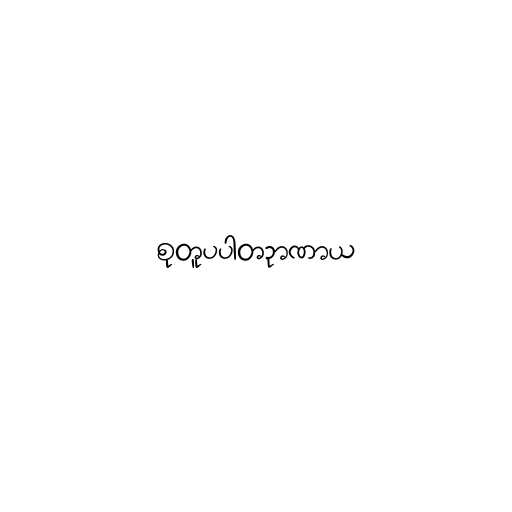
စုတူပပါတဉာဏာယ